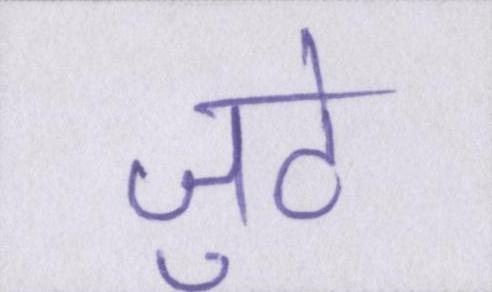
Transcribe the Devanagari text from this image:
जुटे